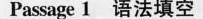
Passage 1 语法填空